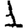
Digit: 1